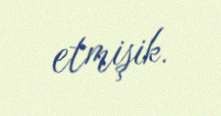
etmişik.